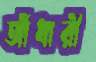
আঁধারী